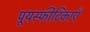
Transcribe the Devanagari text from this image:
पूयस्फीटिकाएँ